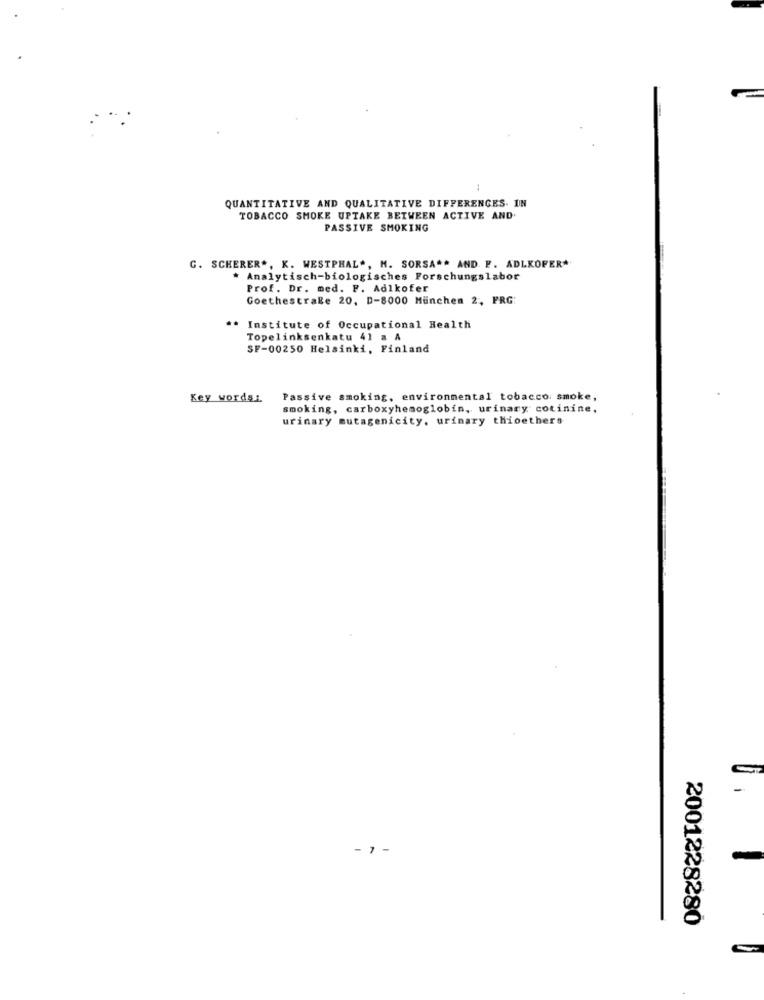
QUANTITATIVE AND QUALITATIVE DIFFERENCES. IN
TOBACCO SMOKE UPTAKE BETWEEN ACTIVE AND.
PASSIVE SMOKING
G. SCHERER *, K. WESTPHAL", M. SORSA"" AND F. ADLKOPER*
. Analytisch-biologisches Forschungslabor
Prof. Dr. med. F. Adlkofer
Goethestraße 20, D-8000 München 2 :, FRG:
** Institute of Occupational Health
Topelinksenkatu 41 a A
SF-00250 Helsinki, Finland
Key words:
Passive smoking, environmental tobacco: smoke,
smoking, carboxyhemoglobin, urinary cotinine,
urinary mutagenicity, urinary thioethers
- 7
2001228280